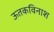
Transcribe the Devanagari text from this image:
ऊतकविनाश